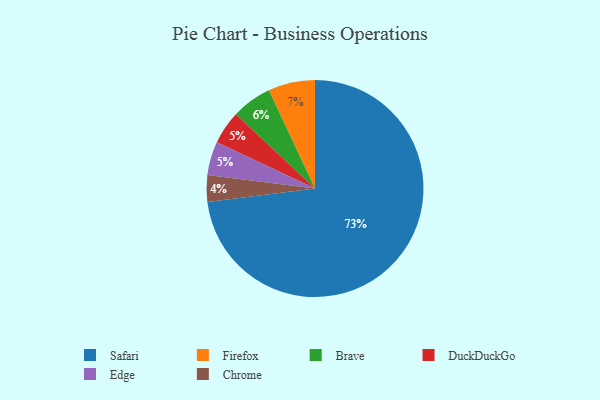
{"axis": {"x": "Category", "y": "Percentage"}, "legend": ["Brave", "Chrome", "DuckDuckGo", "Edge", "Firefox", "Safari"], "data": [{"x": "Chrome", "y": 4, "type": "Chrome"}, {"x": "Firefox", "y": 7, "type": "Firefox"}, {"x": "DuckDuckGo", "y": 5, "type": "DuckDuckGo"}, {"x": "Safari", "y": 73, "type": "Safari"}, {"x": "Edge", "y": 5, "type": "Edge"}, {"x": "Brave", "y": 6, "type": "Brave"}]}